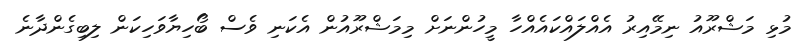
މުޅި މަޝްރޫއު ނިމޭއިރު އެއްލައްކައެއްހާ މީހުންނަށް މިމަޝްރޫއުން އެކަނި ވެސް ބޯހިޔާވަހިކަން ލިބިގެންދާނެ